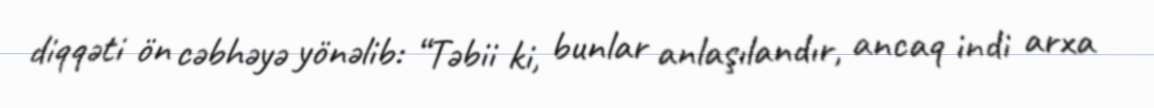
diqqəti ön cəbhəyə yönəlib: “Təbii ki, bunlar anlaşılandır, ancaq indi arxa